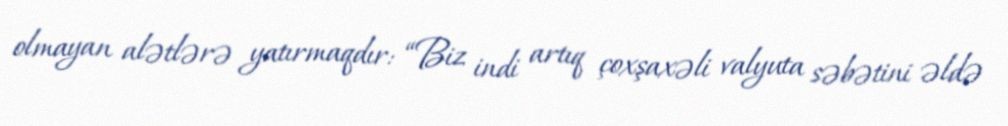
olmayan alətlərə yatırmaqdır: “Biz indi artıq çoxşaxəli valyuta səbətini əldə